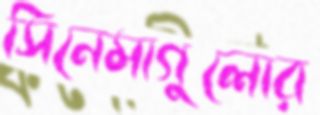
সিনেমাগুলোর